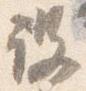
設